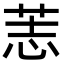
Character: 䓌